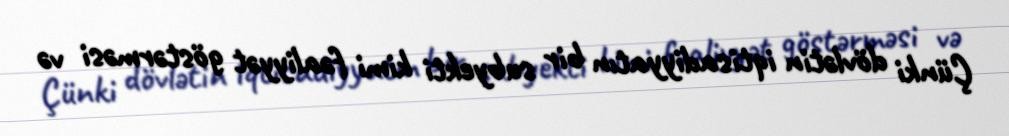
Çünki dövlətin iqtisadiyyatın bir subyekti kimi fəaliyyət göstərməsi və